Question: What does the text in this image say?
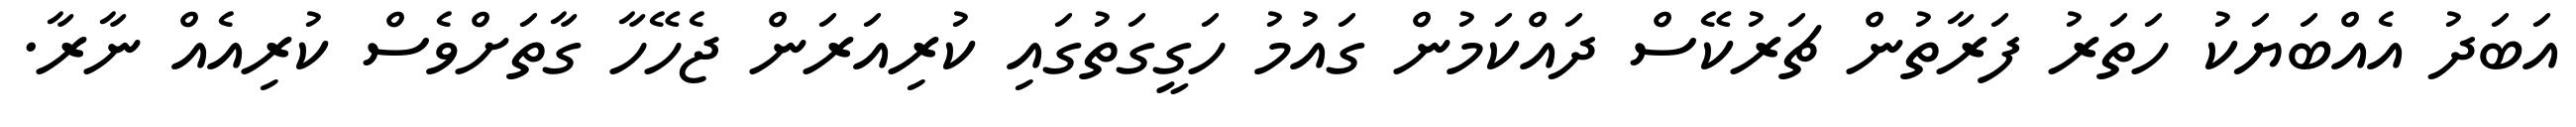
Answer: އަބަދު އެއްބަޔަކު ހަތަރު ފަރާތުން ޗަރުކޭސް ދައްކަމުން ގައުމު ހަގީގަތުގައި ކުރިއަރަން ޖެހޭހާ ގާތަށްވެސް ކުރިއެއް ނާރާ.